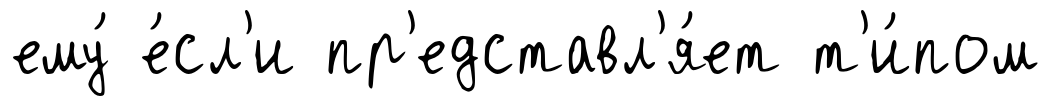
ему́ е́сл'и пр'едставл'я́ет т'и́пом